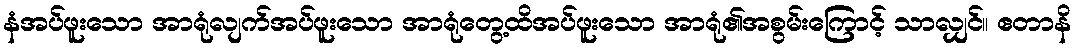
နံအပ်ဖူးသော အာရုံလျက်အပ်ဖူးသော အာရုံတွေ့ထိအပ်ဖူးသော အာရုံ၏အစွမ်းကြောင့် သာလျှင်။ ဧတာနိ